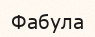
Фабула